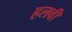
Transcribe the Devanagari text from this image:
हलवी